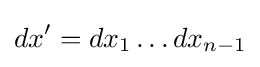
dx'=dx_{1}\dots dx_{n-1}